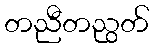
တညီတညွတ်